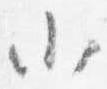
小